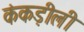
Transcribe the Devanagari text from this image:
कंकड़ीली